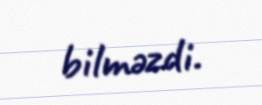
bilməzdi.